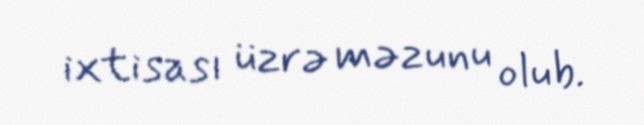
ixtisası üzrə məzunu olub.